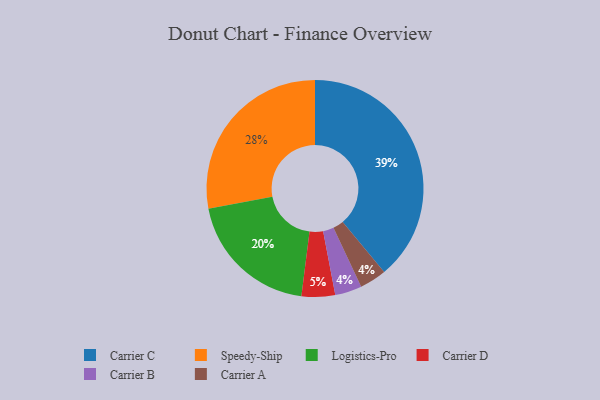
{"axis": {"x": "Category", "y": "Percentage"}, "legend": ["Carrier A", "Carrier B", "Carrier C", "Carrier D", "Logistics-Pro", "Speedy-Ship"], "data": [{"x": "Speedy-Ship", "y": 28, "type": "Speedy-Ship"}, {"x": "Carrier B", "y": 4, "type": "Carrier B"}, {"x": "Logistics-Pro", "y": 20, "type": "Logistics-Pro"}, {"x": "Carrier D", "y": 5, "type": "Carrier D"}, {"x": "Carrier C", "y": 39, "type": "Carrier C"}, {"x": "Carrier A", "y": 4, "type": "Carrier A"}]}